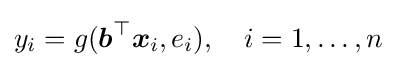
y_{i}=g({\boldsymbol {b}}^{\top }{\boldsymbol {x}}_{i},e_{i}),\quad i=1,\ldots ,n